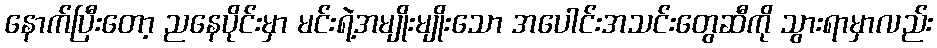
နောက်ပြီးတော့ ညနေပိုင်းမှာ မင်းရဲ့အမျိုးမျိုးသော အပေါင်းအသင်းတွေဆီကို သွားရာမှာလည်း